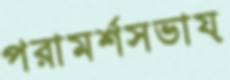
পরামর্শসভায়